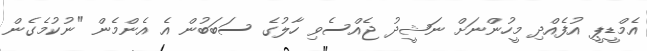
އެމްޑީޕީ އުފެއްދި މީހުންނަށް ނަޝީދު ޖެއްސެވި ހާލުގެ ސަބަބުން އެ އެންމެން "ނުކުމެގެން